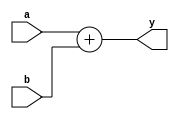
`timescale 1ns / 1ps
//////////////////////////////////////////////////////////////////////////////////
// Company: 
// Engineer: 
// 
// Design Name: 
// Module Name: adder
// Project Name: 
// Target Devices: 
// Tool Versions: 
// Description: 
// 
// Dependencies: 
// 
// Revision:
// Revision 0.01 - File Created
// Additional Comments:
// 
//////////////////////////////////////////////////////////////////////////////////



module adder(
	input wire[31:0] a,b,
	output wire[31:0] y
    );

	assign y = a + b;
endmodule